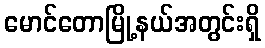
မောင်တောမြို့နယ်အတွင်းရှိ